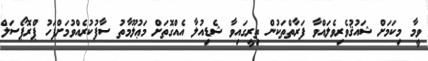
ވީމާ މިކަމަށް ޝައުޤުވެރިވެލައްވާ ފަރާތްތަކުން ތިރީގައިވާ ޝެޑިއުލާ އެއްގޮތަށް މަޢުލޫމާތު ސާފުކުރެއްވުމަށްފަހު ޕްރޮޕޯސަލް